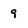
Character: 9